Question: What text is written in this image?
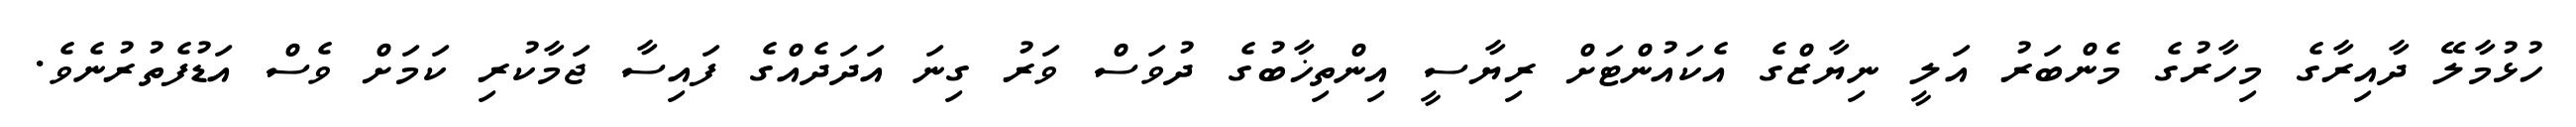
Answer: ހުޅުމާލޭ ދާއިރާގެ މިހާރުގެ މެންބަރު އަލީ ނިޔާޒްގެ އެކައުންޓަށް ރިޔާސީ އިންތިޚާބުގެ ދުވަސް ވަރު ގިނަ އަދަދެއްގެ ފައިސާ ޖަމާކުރި ކަމަށް ވެސް އަޑުފެތުރުނެވެ.